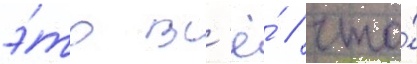
э́то вс'ё́ / что́